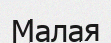
Малая